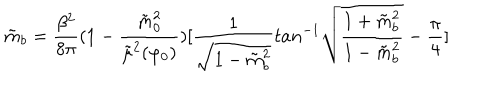
\tilde { m } _ { b } = { \frac { \beta ^ { 2 } } { 8 \pi } } ( 1 - { \frac { \tilde { m } _ { 0 } ^ { 2 } } { \tilde { \mu } ^ { 2 } ( \varphi _ { 0 } ) } } ) [ { \frac { 1 } { \sqrt { 1 - \tilde { m } _ { b } ^ { 2 } } } } t a n ^ { - 1 } \sqrt { { \frac { 1 + \tilde { m } _ { b } ^ { 2 } } { 1 - \tilde { m } _ { b } ^ { 2 } } } } - { \frac { \pi } { 4 } } ]